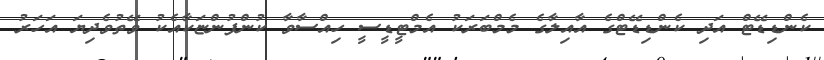
ކެންޑިޑޭޓް އަދި ކެންޑިޑޭޓްގެ އާއިލާގެ މެމްބަރަކު އެމްޓީޑީސީ ހިއްސާވާ ކުންފުންޏަކާއެކު ވޭތުވެދިޔަ އަހަރު